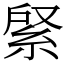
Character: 䋜